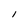
Character: I